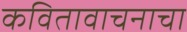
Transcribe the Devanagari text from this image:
कवितावाचनाचा